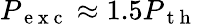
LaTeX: P_{\mathrm{~e~x~c~}}\approx 1.5P_{\mathrm{~t~h~}}